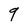
Character: 9